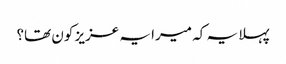
پہلا یہ کہ میرا یہ عزیز کون تھا؟